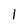
Character: 1